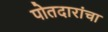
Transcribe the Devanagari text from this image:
पोतदारांचा